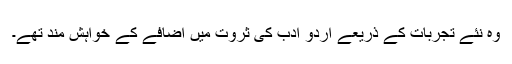
وہ نئے تجربات کے ذریعے اردو ادب کی ثروت میں اضافے کے خواہش مند تھے۔